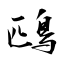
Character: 鴄